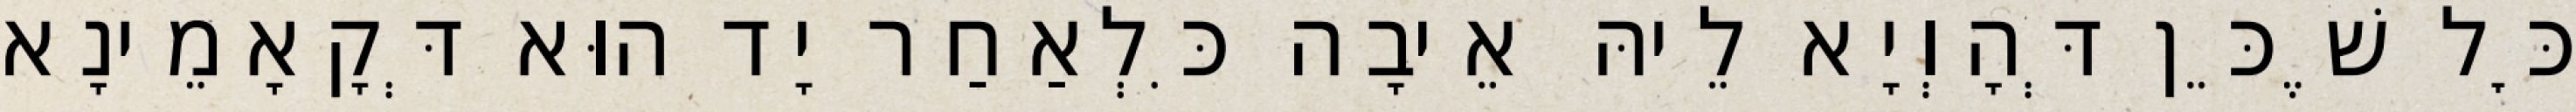
כׇּל שֶׁכֵּן דְּהָוְיָא לֵיהּ אֵיבָה כִּלְאַחַר יָד הוּא דְּקָאָמֵינָא